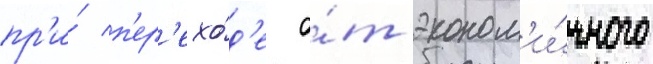
пр'и́ п'ер'ехо́д'е о́т эконом'и́чного